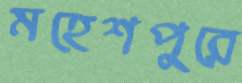
মহেশপুরে